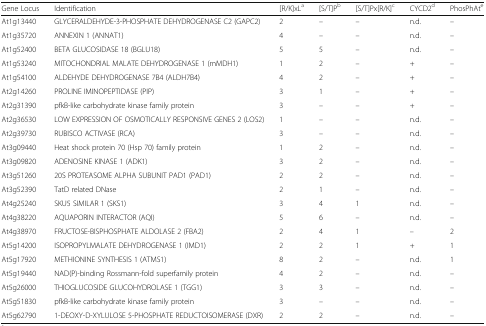
<table><thead><tr><td><b>Gene Locus</b></td><td><b>Identification</b></td><td><b>[R/K]xL<sup>a</sup></b></td><td><b>[S/T]P<sup>b</sup></b></td><td><b>[S/T]Px[R/K]<sup>c</sup></b></td><td><b>CYCD2<sup>d</sup></b></td><td><b>PhosPhAt<sup>e</sup></b></td></tr></thead><tbody><tr><td>At1g13440</td><td>GLYCERALDEHYDE-3-PHOSPHATE DEHYDROGENASE C2 (GAPC2)</td><td>2</td><td>–</td><td>–</td><td>n.d.</td><td>–</td></tr><tr><td>At1g35720</td><td>ANNEXIN 1 (ANNAT1)</td><td>4</td><td>–</td><td>–</td><td>n.d.</td><td>–</td></tr><tr><td>At1g52400</td><td>BETA GLUCOSIDASE 18 (BGLU18)</td><td>5</td><td>5</td><td>–</td><td>n.d.</td><td>–</td></tr><tr><td>At1g53240</td><td>MITOCHONDRIAL MALATE DEHYDROGENASE 1 (mMDH1)</td><td>1</td><td>2</td><td>–</td><td>+</td><td>–</td></tr><tr><td>At1g54100</td><td>ALDEHYDE DEHYDROGENASE 7B4 (ALDH7B4)</td><td>4</td><td>2</td><td>–</td><td>+</td><td>–</td></tr><tr><td>At2g14260</td><td>PROLINE IMINOPEPTIDASE (PIP)</td><td>3</td><td>1</td><td>–</td><td>+</td><td>–</td></tr><tr><td>At2g31390</td><td>pfkB-like carbohydrate kinase family protein</td><td>3</td><td>–</td><td>–</td><td>+</td><td>–</td></tr><tr><td>At2g36530</td><td>LOW EXPRESSION OF OSMOTICALLY RESPONSIVE GENES 2 (LOS2)</td><td>1</td><td>–</td><td>–</td><td>n.d.</td><td>–</td></tr><tr><td>At2g39730</td><td>RUBISCO ACTIVASE (RCA)</td><td>3</td><td>–</td><td>–</td><td>n.d.</td><td>–</td></tr><tr><td>At3g09440</td><td>Heat shock protein 70 (Hsp 70) family protein</td><td>1</td><td>2</td><td>–</td><td>n.d.</td><td>–</td></tr><tr><td>At3g09820</td><td>ADENOSINE KINASE 1 (ADK1)</td><td>3</td><td>2</td><td>–</td><td>n.d.</td><td>–</td></tr><tr><td>At3g51260</td><td>20S PROTEASOME ALPHA SUBUNIT PAD1 (PAD1)</td><td>2</td><td>2</td><td>–</td><td>n.d.</td><td>–</td></tr><tr><td>At3g52390</td><td>TatD related DNase</td><td>2</td><td>1</td><td>–</td><td>n.d.</td><td>–</td></tr><tr><td>At4g25240</td><td>SKU5 SIMILAR 1 (SKS1)</td><td>3</td><td>4</td><td>1</td><td>n.d.</td><td>–</td></tr><tr><td>At4g38220</td><td>AQUAPORIN INTERACTOR (AQI)</td><td>5</td><td>6</td><td>–</td><td>n.d.</td><td>–</td></tr><tr><td>At4g38970</td><td>FRUCTOSE-BISPHOSPHATE ALDOLASE 2 (FBA2)</td><td>2</td><td>4</td><td>1</td><td>–</td><td>2</td></tr><tr><td>At5g14200</td><td>ISOPROPYLMALATE DEHYDROGENASE 1 (IMD1)</td><td>2</td><td>2</td><td>1</td><td>+</td><td>1</td></tr><tr><td>At5g17920</td><td>METHIONINE SYNTHESIS 1 (ATMS1)</td><td>8</td><td>2</td><td>–</td><td>n.d.</td><td>1</td></tr><tr><td>At5g19440</td><td>NAD(P)-binding Rossmann-fold superfamily protein</td><td>4</td><td>2</td><td>–</td><td>n.d.</td><td>–</td></tr><tr><td>At5g26000</td><td>THIOGLUCOSIDE GLUCOHYDROLASE 1 (TGG1)</td><td>3</td><td>3</td><td>–</td><td>n.d.</td><td>–</td></tr><tr><td>At5g51830</td><td>pfkB-like carbohydrate kinase family protein</td><td>3</td><td>–</td><td>–</td><td>n.d.</td><td>–</td></tr><tr><td>At5g62790</td><td>1-DEOXY-D-XYLULOSE 5-PHOSPHATE REDUCTOISOMERASE (DXR)</td><td>2</td><td>2</td><td>–</td><td>n.d.</td><td>–</td></tr></tbody></table>